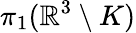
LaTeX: \pi_{1}(\mathbb{R}^{3}\setminus K)